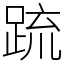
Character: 䟽